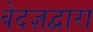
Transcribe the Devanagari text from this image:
वेदज्ञद्वारा